Report on vaccination North-West Frontier Province 1904-1922 - 1904-1922
Year: 1904
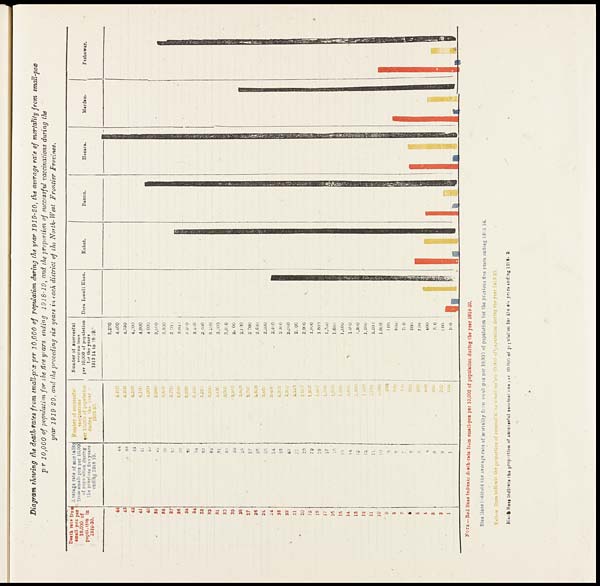
Diagram showing the death-rates from mall-pox per 10,000 of population during the year 1919-20, the average rate of mortality from small-pox
per 10,000 of population for the five years ending 1918-19, and the proportion of successful vaccinations during the
year 1919-20, and she proceding six years in each district of the North- West Frontier Province.